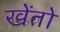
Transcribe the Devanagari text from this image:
खेंतो